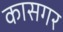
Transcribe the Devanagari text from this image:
कासगर